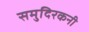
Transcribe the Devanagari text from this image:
समुदिरकनी